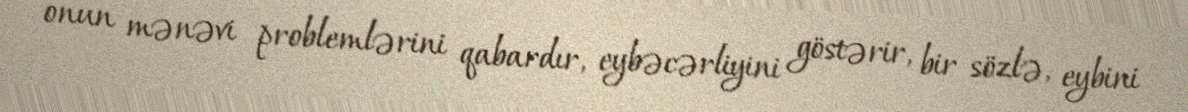
onun mənəvi problemlərini qabardır, eybəcərliyini göstərir, bir sözlə, eybini